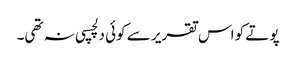
پوتے کو اس تقریر سے کوئی دلچسپی نہ تھی۔